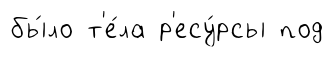
бы́ло т'е́ла р'есу́рсы под